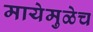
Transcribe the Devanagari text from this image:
मायेमुळेच